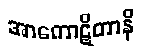
အာကောဋိတာနိ